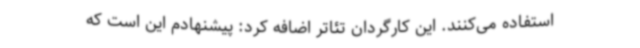
استفاده می‌کنند. این کارگردان تئاتر اضافه کرد: پیشنهادم این است که